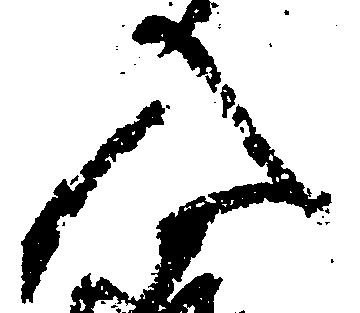
入